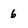
Character: 6